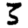
Digit: 3